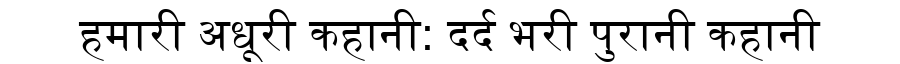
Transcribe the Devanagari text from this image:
हमारी अधूरी कहानी: दर्द भरी पुरानी कहानी